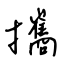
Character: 攜